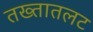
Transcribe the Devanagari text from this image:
तख्तातलट